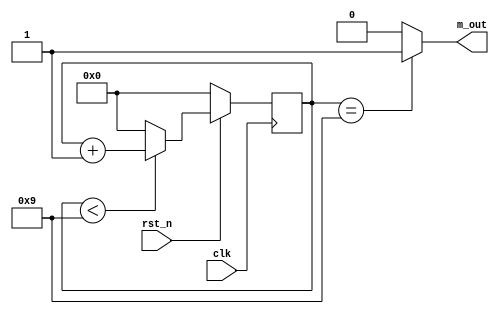
`timescale 1ns / 1ps

module counter_mod_m # (
    parameter N = 4,
    parameter M = 10
)(  
    input wire clk,rst_n,
    output wire m_out
    );  
    //  M 
    // M 
    // N   log(2,M) 
    reg[N-1:0] regN;

    //
    always @(posedge clk) begin
      if (!rst_n) begin
        regN <= 0;
      end
      else if (regN < M-1) regN <= regN + 1;
      else regN <= 0;
    end

    assign m_out = (regN == (M-1))?1'b1:1'b0;
endmodule